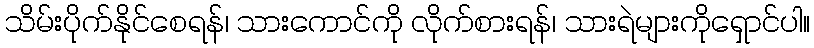
သိမ်းပိုက်နိုင်စေရန်၊ သားကောင်ကို လိုက်စားရန်၊ သားရဲများကိုရှောင်ပါ။